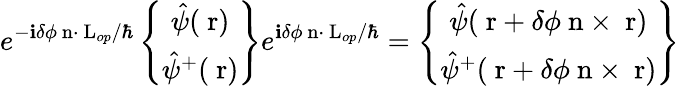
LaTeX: e^{-\mathbf{i}\delta\phi\mathrm{{\mathbf{~}n}}\cdot\mathrm{{\mathbf{~}L}}_{op}/\hbar}\left\{ \begin{array}{c}{\hat{\psi}(\mathrm{\mathbf~r})}\\ {\hat{\psi}^{+}(\mathrm{\mathbf~r})}\end{array}\right\} e^{\mathbf{i}\delta\phi\mathrm{{\mathbf{~}n}}\cdot\mathrm{{\mathbf{~}L}}_{op}/\hbar}=\left\{ \begin{array}{c}{\hat{\psi}(\mathrm{\mathbf~r}+\delta\phi\mathrm{\mathbf~n}\times\mathrm{\mathbf~r})}\\ {\hat{\psi}^{+}(\mathrm{\mathbf~r}+\delta\phi\mathrm{\mathbf~n}\times\mathrm{\mathbf~r})}\end{array}\right\}